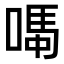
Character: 𫫆